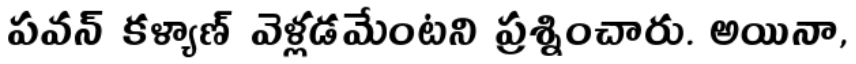
పవన్ కళ్యాణ్ వెళ్లడమేంటని ప్రశ్నించారు. అయినా,